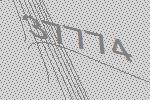
37774